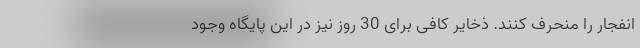
انفجار را منحرف کنند. ذخایر کافی برای 30 روز نیز در این پایگاه وجود